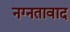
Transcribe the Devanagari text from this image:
नग्नतावाद